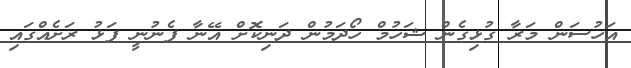
އަހުސަން މަރާ ގުޅިގެން ޝަހުމް ހޯދަމުން ދަނިކޮށް އޭނާ ފެނުނީ ފަޅު ރަށެއްގައި